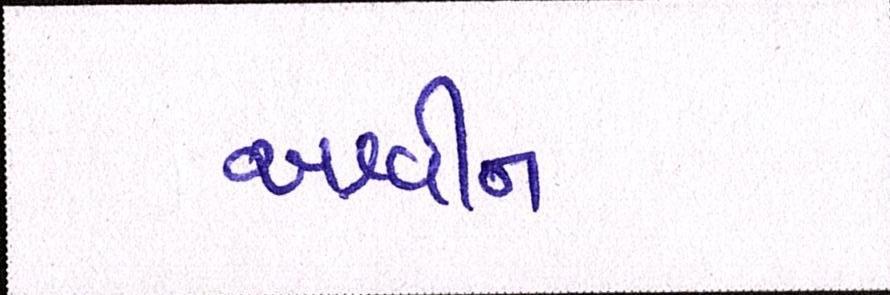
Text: અશ્વીન